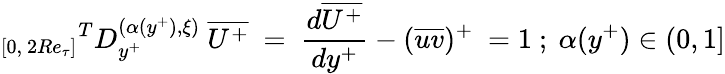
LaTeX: {_{[0,~2Re_{\tau}]}}^{T}D_{y^{+}}^{(\alpha(y^{+}),{\xi})}~\overline{{U^{+}}}~=~\frac{d\overline{{U^{+}}}}{dy^{+}}-(\overline{{uv}})^{+}~=1~;~\alpha(y^{+})\in(0,1]